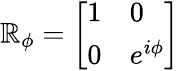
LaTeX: \mathbb{R}_{\phi}={\left[\begin{array}{ll}{1}&{0}\\ {0}&{e^{i\phi}}\end{array}\right]}